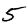
Digit: 5